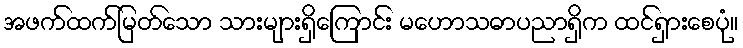
အဖက်ထက်မြတ်သော သားများရှိကြောင်း မဟောသဓာပညာရှိက ထင်ရှားစေပုံ။